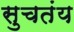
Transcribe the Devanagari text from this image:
सुचतंय